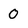
Character: 0